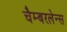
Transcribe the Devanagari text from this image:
चैम्बरलेन्स